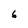
Character: 6